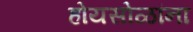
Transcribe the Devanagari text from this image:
होयसोळांना